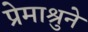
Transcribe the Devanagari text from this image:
प्रेमाश्रुने